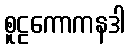
စူဠကောကနဒါ